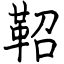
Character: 鞀